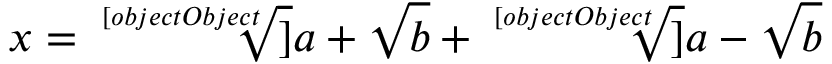
x = { \sqrt [ [object Object] ] { a + { \sqrt { b } } } } + { \sqrt [ [object Object] ] { a - { \sqrt { b } } } }